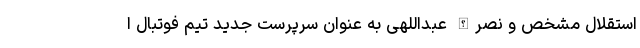
استقلال مشخص و نصرالله عبداللهی به عنوان سرپرست جدید تیم فوتبال ا